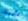
تأييد